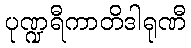
ပုဏ္ဍရီကာတိဒါရုဏီ